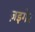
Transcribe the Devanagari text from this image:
ज़इगेर